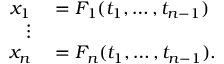
\begin{array} { r l } { x _ { 1 } } & { { } = F _ { 1 } ( t _ { 1 } , \ldots , t _ { n - 1 } ) } \\ { \vdots } & { { } } \\ { x _ { n } } & { { } = F _ { n } ( t _ { 1 } , \ldots , t _ { n - 1 } ) . } \end{array}